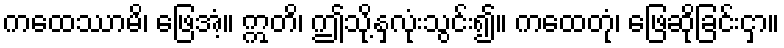
ကထေဿာမိ၊ ဖြေအံ့။ ဣတိ၊ ဤသို့နှလုံးသွင်း၍။ ကထေတုံ၊ ဖြေဆိုခြင်းငှာ။